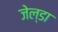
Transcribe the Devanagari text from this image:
जेल्डा